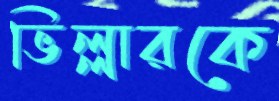
ভিল্লারকে